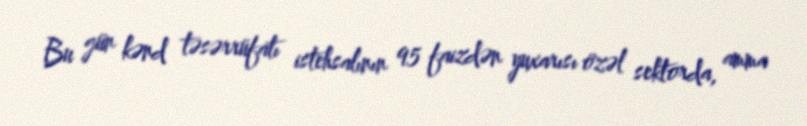
Bu gün kənd təsərrüfatı istehsalının 95 faizdən yuxarısı özəl sektorda, amma